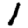
Digit: 1